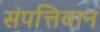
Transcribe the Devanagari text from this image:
संपत्तिवान